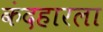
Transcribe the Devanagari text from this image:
कंदहारला